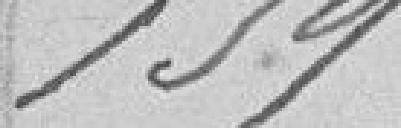
159